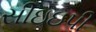
સીઇઇપી